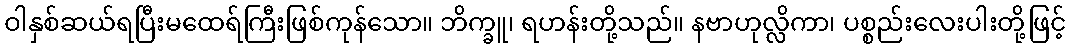
ဝါနှစ်ဆယ်ရပြီးမထေရ်ကြီးဖြစ်ကုန်သော။ ဘိက္ခူ၊ ရဟန်းတို့သည်။ နဗာဟုလ္လိကာ၊ ပစ္စည်းလေးပါးတို့ဖြင့်